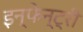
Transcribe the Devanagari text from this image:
इन्फेन्ट्री